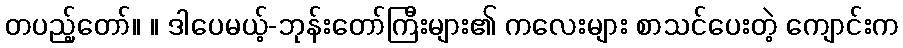
တပည့်တော်။ ။ ဒါပေမယ့်-ဘုန်းတော်ကြီးများ၏ ကလေးများ စာသင်ပေးတဲ့ ကျောင်းက